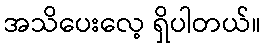
အသိပေးလေ့ ရှိပါတယ်။